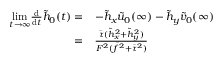
\begin{array} { r l } { \underset { t \rightarrow \infty } { \mathrm { l i m } } \frac { \mathrm { d } } { \mathrm { d } t } \tilde { h } _ { 0 } ( t ) = } & { - \tilde { h } _ { x } \tilde { u } _ { 0 } ( \infty ) - \tilde { h } _ { y } \tilde { v } _ { 0 } ( \infty ) } \\ { = } & { \frac { \bar { \tau } ( \tilde { h } _ { x } ^ { 2 } + \tilde { h } _ { y } ^ { 2 } ) } { F ^ { 2 } ( \bar { f } ^ { 2 } + \bar { \tau } ^ { 2 } ) } } \end{array}